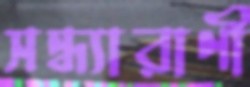
সন্ধ্যারাণী